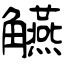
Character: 觾